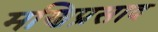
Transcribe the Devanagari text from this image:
मणिप्रसाद